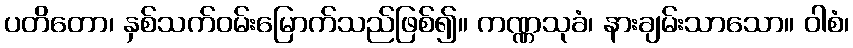
ပတိတော၊ နှစ်သက်ဝမ်းမြောက်သည်ဖြစ်၍။ ကဏ္ဏသုခံ၊ နားချမ်းသာသော။ ဝါစံ၊